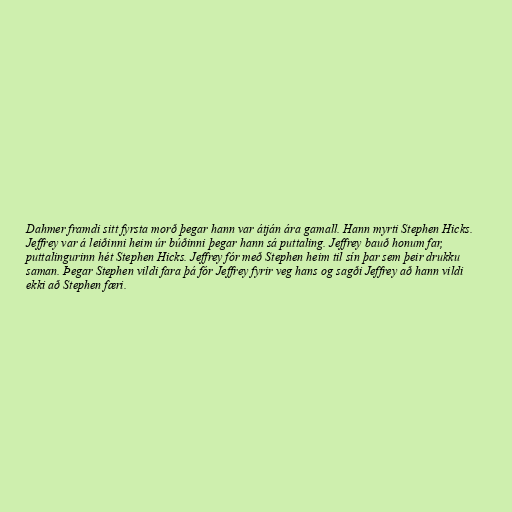
Dahmer framdi sitt fyrsta morð þegar hann var átján ára gamall. Hann myrti Stephen Hicks.
Jeffrey var á leiðinni heim úr búðinni þegar hann sá puttaling. Jeffrey bauð honum far,
puttalingurinn hét Stephen Hicks. Jeffrey fór með Stephen heim til sín þar sem þeir drukku
saman. Þegar Stephen vildi fara þá fór Jeffrey fyrir veg hans og sagði Jeffrey að hann vildi
ekki að Stephen færi.